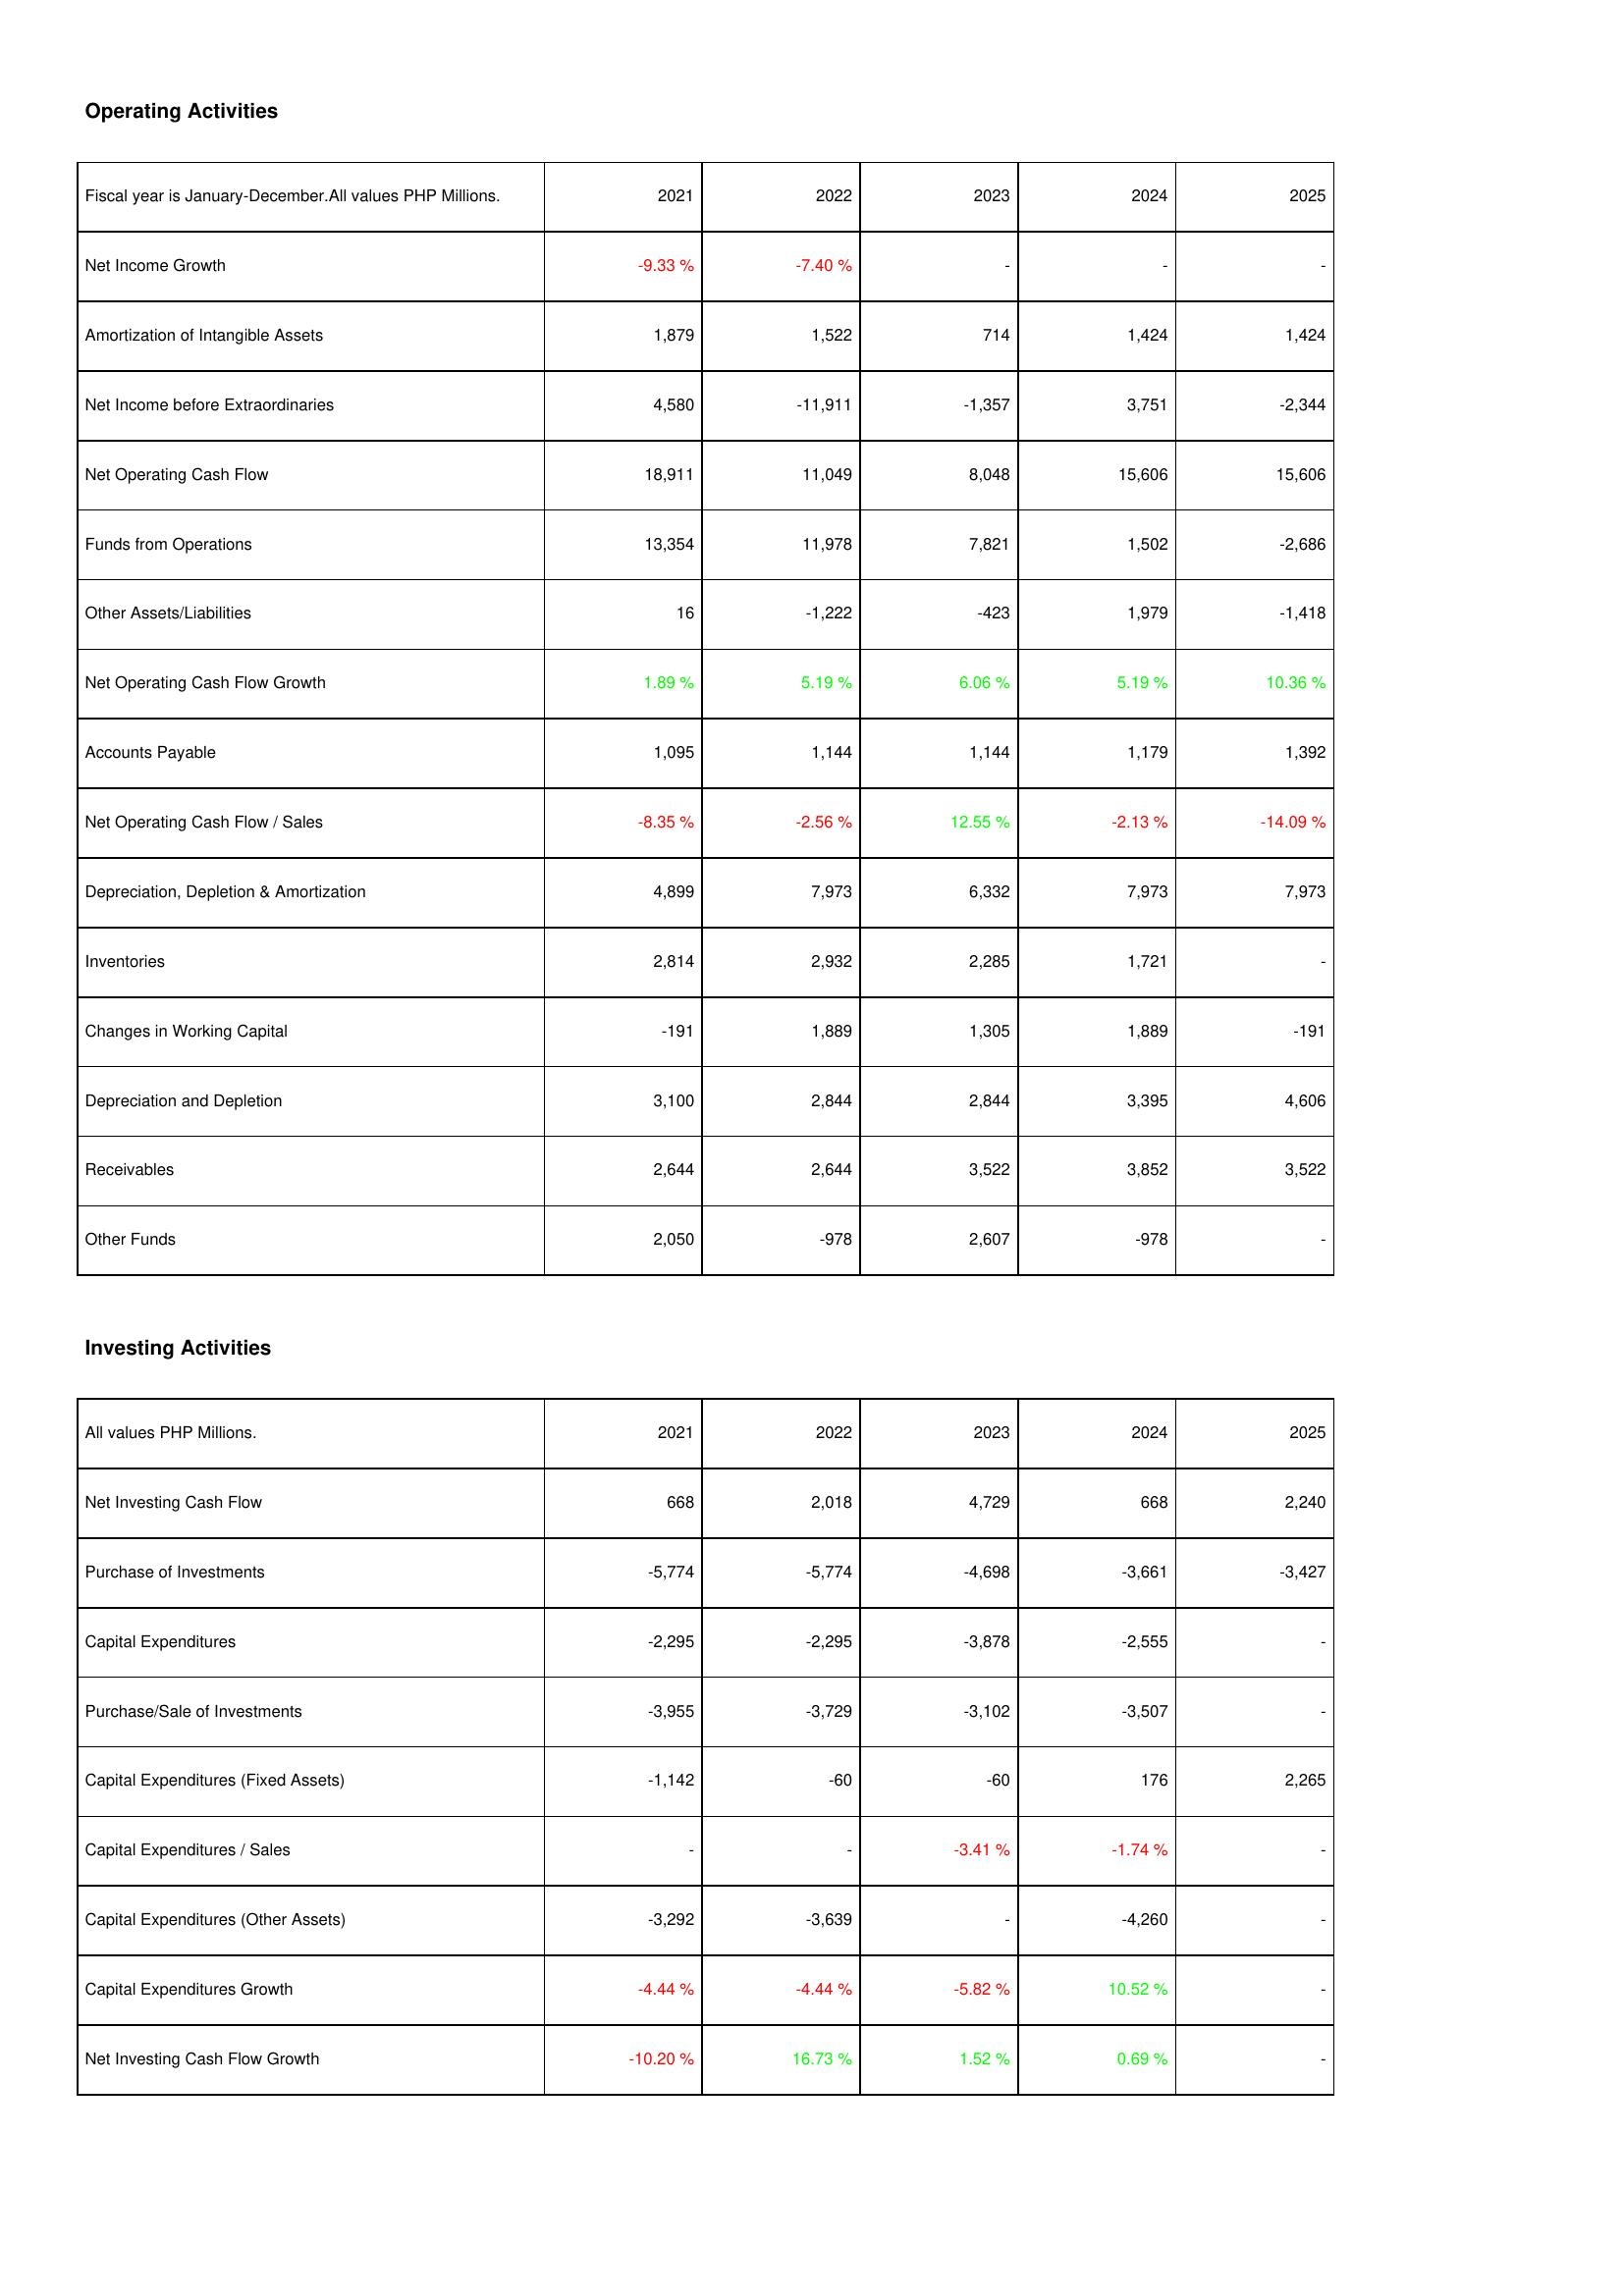
2021: Operating Activities: Net Income Growth: -9.33 %
Amortization of Intangible Assets: 1,879
Net Income before Extraordinaries: 4,580
Net Operating Cash Flow: 18,911
Funds from Operations: 13,354
Other Assets/Liabilities: 16
Net Operating Cash Flow Growth: 1.89 %
Accounts Payable: 1,095
Net Operating Cash Flow / Sales: -8.35 %
Depreciation, Depletion & Amortization: 4,899
Inventories: 2,814
Changes in Working Capital: -191
Depreciation and Depletion: 3,100
Receivables: 2,644
Other Funds: 2,050
Investing Activities: Net Investing Cash Flow: 668
Purchase of Investments: -5,774
Capital Expenditures: -2,295
Purchase/Sale of Investments: -3,955
Capital Expenditures (Fixed Assets): -1,142
Capital Expenditures / Sales: -
Capital Expenditures (Other Assets): -3,292
Capital Expenditures Growth: -4.44 %
Net Investing Cash Flow Growth: -10.20 %
2022: Operating Activities: Net Income Growth: -7.40 %
Amortization of Intangible Assets: 1,522
Net Income before Extraordinaries: -11,911
Net Operating Cash Flow: 11,049
Funds from Operations: 11,978
Other Assets/Liabilities: -1,222
Net Operating Cash Flow Growth: 5.19 %
Accounts Payable: 1,144
Net Operating Cash Flow / Sales: -2.56 %
Depreciation, Depletion & Amortization: 7,973
Inventories: 2,932
Changes in Working Capital: 1,889
Depreciation and Depletion: 2,844
Receivables: 2,644
Other Funds: -978
Investing Activities: Net Investing Cash Flow: 2,018
Purchase of Investments: -5,774
Capital Expenditures: -2,295
Purchase/Sale of Investments: -3,729
Capital Expenditures (Fixed Assets): -60
Capital Expenditures / Sales: -
Capital Expenditures (Other Assets): -3,639
Capital Expenditures Growth: -4.44 %
Net Investing Cash Flow Growth: 16.73 %
2023: Operating Activities: Net Income Growth: -
Amortization of Intangible Assets: 714
Net Income before Extraordinaries: -1,357
Net Operating Cash Flow: 8,048
Funds from Operations: 7,821
Other Assets/Liabilities: -423
Net Operating Cash Flow Growth: 6.06 %
Accounts Payable: 1,144
Net Operating Cash Flow / Sales: 12.55 %
Depreciation, Depletion & Amortization: 6,332
Inventories: 2,285
Changes in Working Capital: 1,305
Depreciation and Depletion: 2,844
Receivables: 3,522
Other Funds: 2,607
Investing Activities: Net Investing Cash Flow: 4,729
Purchase of Investments: -4,698
Capital Expenditures: -3,878
Purchase/Sale of Investments: -3,102
Capital Expenditures (Fixed Assets): -60
Capital Expenditures / Sales: -3.41 %
Capital Expenditures (Other Assets): -
Capital Expenditures Growth: -5.82 %
Net Investing Cash Flow Growth: 1.52 %
2024: Operating Activities: Net Income Growth: -
Amortization of Intangible Assets: 1,424
Net Income before Extraordinaries: 3,751
Net Operating Cash Flow: 15,606
Funds from Operations: 1,502
Other Assets/Liabilities: 1,979
Net Operating Cash Flow Growth: 5.19 %
Accounts Payable: 1,179
Net Operating Cash Flow / Sales: -2.13 %
Depreciation, Depletion & Amortization: 7,973
Inventories: 1,721
Changes in Working Capital: 1,889
Depreciation and Depletion: 3,395
Receivables: 3,852
Other Funds: -978
Investing Activities: Net Investing Cash Flow: 668
Purchase of Investments: -3,661
Capital Expenditures: -2,555
Purchase/Sale of Investments: -3,507
Capital Expenditures (Fixed Assets): 176
Capital Expenditures / Sales: -1.74 %
Capital Expenditures (Other Assets): -4,260
Capital Expenditures Growth: 10.52 %
Net Investing Cash Flow Growth: 0.69 %
2025: Operating Activities: Net Income Growth: -
Amortization of Intangible Assets: 1,424
Net Income before Extraordinaries: -2,344
Net Operating Cash Flow: 15,606
Funds from Operations: -2,686
Other Assets/Liabilities: -1,418
Net Operating Cash Flow Growth: 10.36 %
Accounts Payable: 1,392
Net Operating Cash Flow / Sales: -14.09 %
Depreciation, Depletion & Amortization: 7,973
Inventories: -
Changes in Working Capital: -191
Depreciation and Depletion: 4,606
Receivables: 3,522
Other Funds: -
Investing Activities: Net Investing Cash Flow: 2,240
Purchase of Investments: -3,427
Capital Expenditures: -
Purchase/Sale of Investments: -
Capital Expenditures (Fixed Assets): 2,265
Capital Expenditures / Sales: -
Capital Expenditures (Other Assets): -
Capital Expenditures Growth: -
Net Investing Cash Flow Growth: -